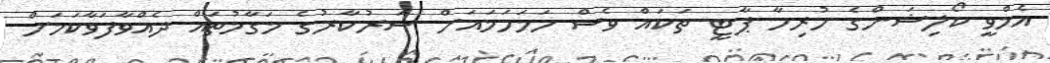
އެމްވީ ކޯލިޝަންގެ ހުރިހާ ޕާޓީ ތަކައް ވެސް ހަމަހަމައަށް ސަރުކާރުގެ މަގާމުތައް ދެއްވާފަވާކަމަށް